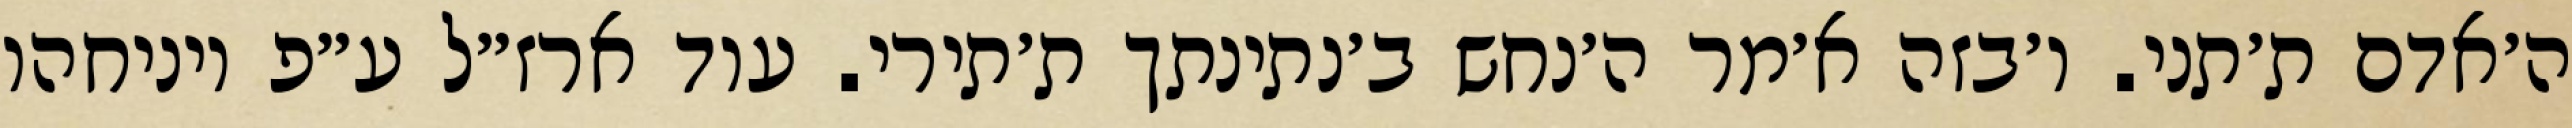
ה׳אדם ת׳תני. ו׳בזה א׳מר ה׳נחש ב׳נתינתך ת׳תירי. עוד ארז״ל ע״פ ויניחהו